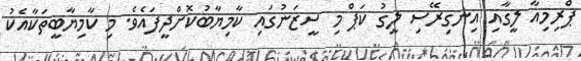
ޕްރިމިއާ ލީގާއި އިނގިރޭސި ލީގު ކަޕް މި ސީޒަނުގައި ކާމިޔާބުކޮށްދީފައެވެ. މި ކާމިޔާބީތަކާއެކު